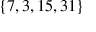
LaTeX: \{ 7 , 3 , 1 5 , 3 1 \}